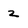
Character: 2